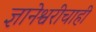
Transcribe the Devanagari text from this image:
ज्ञानेश्वरीचाही